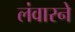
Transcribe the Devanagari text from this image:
लंवारने